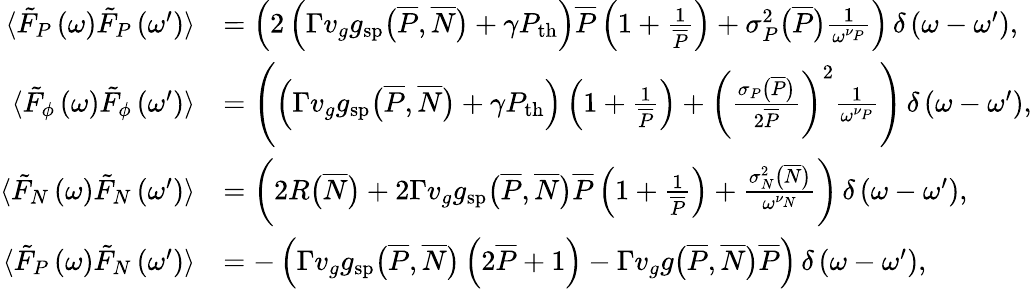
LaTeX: \begin{array}{r}{\begin{array}{rl}{\langle\tilde{F}_{P}\left(\omega\right)\tilde{F}_{P}\left(\omega^{\prime}\right)\rangle}&{=\left(2\left(\Gamma v_{g}g_{\mathrm{sp}}\big(\overline{{P}},\overline{{N}}\big)+\gamma P_{\mathrm{th}}\right)\overline{{P}}\left(1+\frac{1}{\overline{{P}}}\right)+\sigma_{P}^{2}\big(\overline{{P}}\big)\frac{1}{\omega^{\nu_{P}}}\right)\, \delta\left(\omega-\omega^{\prime}\right),}\\ {\langle\tilde{F}_{\phi}\left(\omega\right)\tilde{F}_{\phi}\left(\omega^{\prime}\right)\rangle}&{=\left(\left(\Gamma v_{g}g_{\mathrm{sp}}\big(\overline{{P}},\overline{{N}}\big)+\gamma P_{\mathrm{th}}\right)\left(1+\frac{1}{\overline{{P}}}\right)+\left(\frac{\sigma_{P}\big(\overline{{P}}\big)}{2\overline{{P}}}\right)^{2}\frac{1}{\omega^{\nu_{P}}}\right)\, \delta\left(\omega-\omega^{\prime}\right),}\\ {\langle\tilde{F}_{N}\left(\omega\right)\tilde{F}_{N}\left(\omega^{\prime}\right)\rangle}&{=\left(2R\big(\overline{{N}}\big)+2\Gamma v_{g}g_{\mathrm{sp}}\big(\overline{{P}},\overline{{N}}\big)\overline{{P}}\left(1+\frac{1}{\overline{{P}}}\right)+\frac{\sigma_{N}^{2}\big(\overline{{N}}\big)}{\omega^{\nu_{N}}}\right)\, \delta\left(\omega-\omega^{\prime}\right),}\\ {\langle\tilde{F}_{P}\left(\omega\right)\tilde{F}_{N}\left(\omega^{\prime}\right)\rangle}&{=-\left(\Gamma v_{g}g_{\mathrm{sp}}\big(\overline{{P}},\overline{{N}}\big)\left(2\overline{{P}}+1\right)-\Gamma v_{g}g\big(\overline{{P}},\overline{{N}}\big)\overline{{P}}\right)\, \delta\left(\omega-\omega^{\prime}\right),}\end{array}}\end{array}